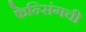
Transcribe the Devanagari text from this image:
फेन्सिंगची